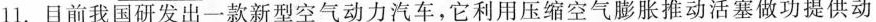
11. 目前我国研发出一款新型空气动力汽车，它利用压缩空气膨胀推动活塞做功提供动